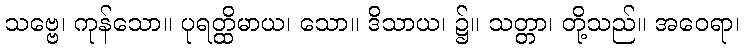
သဗ္ဗေ၊ ကုန်သော။ ပုရတ္ထိမာယ၊ သော။ ဒိသာယ၊ ၌။ သတ္တာ၊ တို့သည်။ အဝေရာ၊